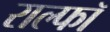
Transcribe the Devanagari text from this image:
राल्फॉ